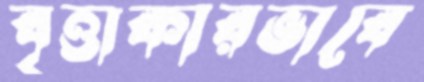
বৃত্তাকারভাবে